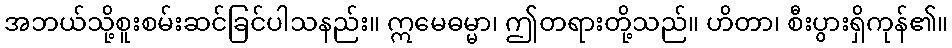
အဘယ်သို့စူးစမ်းဆင်ခြင်ပါသနည်း။ ဣမေဓမ္မာ၊ ဤတရားတို့သည်။ ဟိတာ၊ စီးပွားရှိကုန်၏။